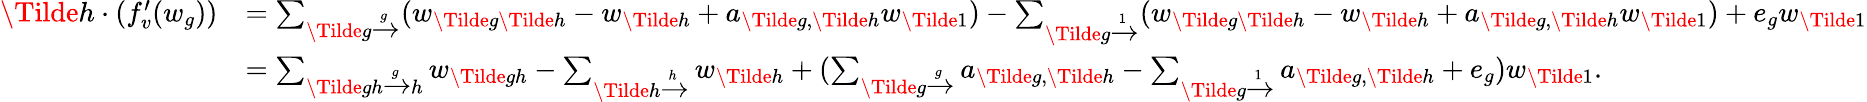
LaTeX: \begin{array}{rl}{\Tilde{h}\cdot(f_{v}^{\prime}(w_{g}))}&{=\sum_{\Tilde{g}\xrightarrow[]g}(w_{\Tilde{g}\Tilde{h}}-w_{\Tilde{h}}+a_{\Tilde{g},\Tilde{h}}w_{\Tilde{1}})-\sum_{\Tilde{g}\xrightarrow[]1}(w_{\Tilde{g}\Tilde{h}}-w_{\Tilde{h}}+a_{\Tilde{g},\Tilde{h}}w_{\Tilde{1}})+e_{g}w_{\Tilde{1}}}\\ &{=\sum_{\Tilde{gh}\xrightarrow[]gh}w_{\Tilde{gh}}-\sum_{\Tilde{h}\xrightarrow[]h}w_{\Tilde{h}}+(\sum_{\Tilde{g}\xrightarrow[]g}a_{\Tilde{g},\Tilde{h}}-\sum_{\Tilde{g}\xrightarrow[]1}a_{\Tilde{g},\Tilde{h}}+e_{g})w_{\Tilde{1}}.}\end{array}